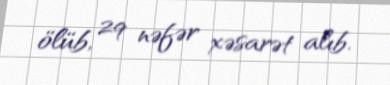
ölüb, 29 nəfər xəsarət alıb.